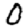
Digit: 0